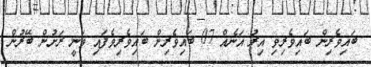
ބައިވެރިން ބައިވެރިވި އިރު އަނެއް 07 ބައިވެރިން ބައިވެރިވެފައި ވަނީ ރަށުން ބޭރުން